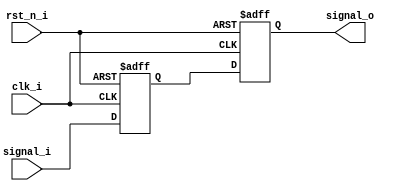
`timescale 1ns / 1ps
//////////////////////////////////////////////////////////////////////////////////
// Company: 
// Engineer: 
// 
// Design Name: 
// Module Name: sta_ff2p
// Project Name: 
// Target Devices: 
// Tool Versions: 
// Description: 
// 
// Dependencies: 
// 
// Revision:
// Revision 0.01 - File Created
// Additional Comments:
// 
//////////////////////////////////////////////////////////////////////////////////


module sta_ff2p(
    input clk_i,
    input rst_n_i,
    input signal_i,
    output signal_o
    );

    reg signal_o_r;
    reg signal_ff;

    always @(posedge clk_i or negedge rst_n_i) begin
        if(!rst_n_i) begin
            signal_o_r <= 1'b0;
            signal_ff <= 1'b0;
        end
        else begin
            signal_ff <= signal_i;
            signal_o_r <= signal_ff;
        end
    end

    assign signal_o = signal_o_r;

endmodule